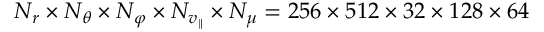
N _ { r } \times N _ { \theta } \times N _ { \varphi } \times N _ { v _ { \parallel } } \times N _ { \mu } = 2 5 6 \times 5 1 2 \times 3 2 \times 1 2 8 \times 6 4